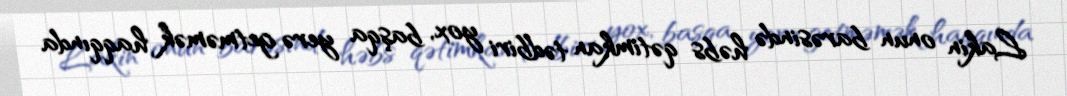
Lakin onun barəsində həbs qətimkan tədbiri yox, başqa yerə getməmək haqqında